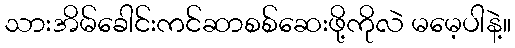
သားအိမ်ခေါင်းကင်ဆာစစ်ဆေးဖို့ကိုလဲ မမေ့ပါနဲ့။